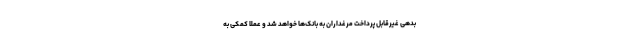
بدهی غیرقابل پرداخت مرغداران به بانک‌ها خواهد شد و عملاً کمکی به